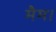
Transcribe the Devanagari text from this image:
मैम।